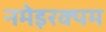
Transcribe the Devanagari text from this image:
नमेइरक्पम